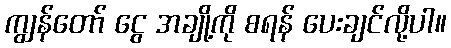
ကျွန်တော် ငွေ အချို့ကို စရန် ပေးချင်လို့ပါ။